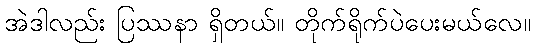
အဲဒါလည်း ပြဿနာ ရှိတယ်။ တိုက်ရိုက်ပဲပေးမယ်လေ။